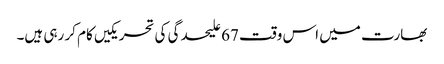
بھارت میں اس وقت 67 علیحدگی کی تحریکیں کام کر رہی ہیں۔